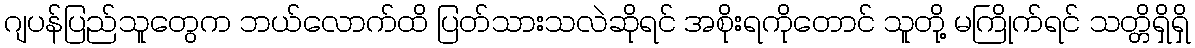
ဂျပန်ပြည်သူတွေက ဘယ်လောက်ထိ ပြတ်သားသလဲဆိုရင် အစိုးရကိုတောင် သူတို့ မကြိုက်ရင် သတ္တိရှိရှိ